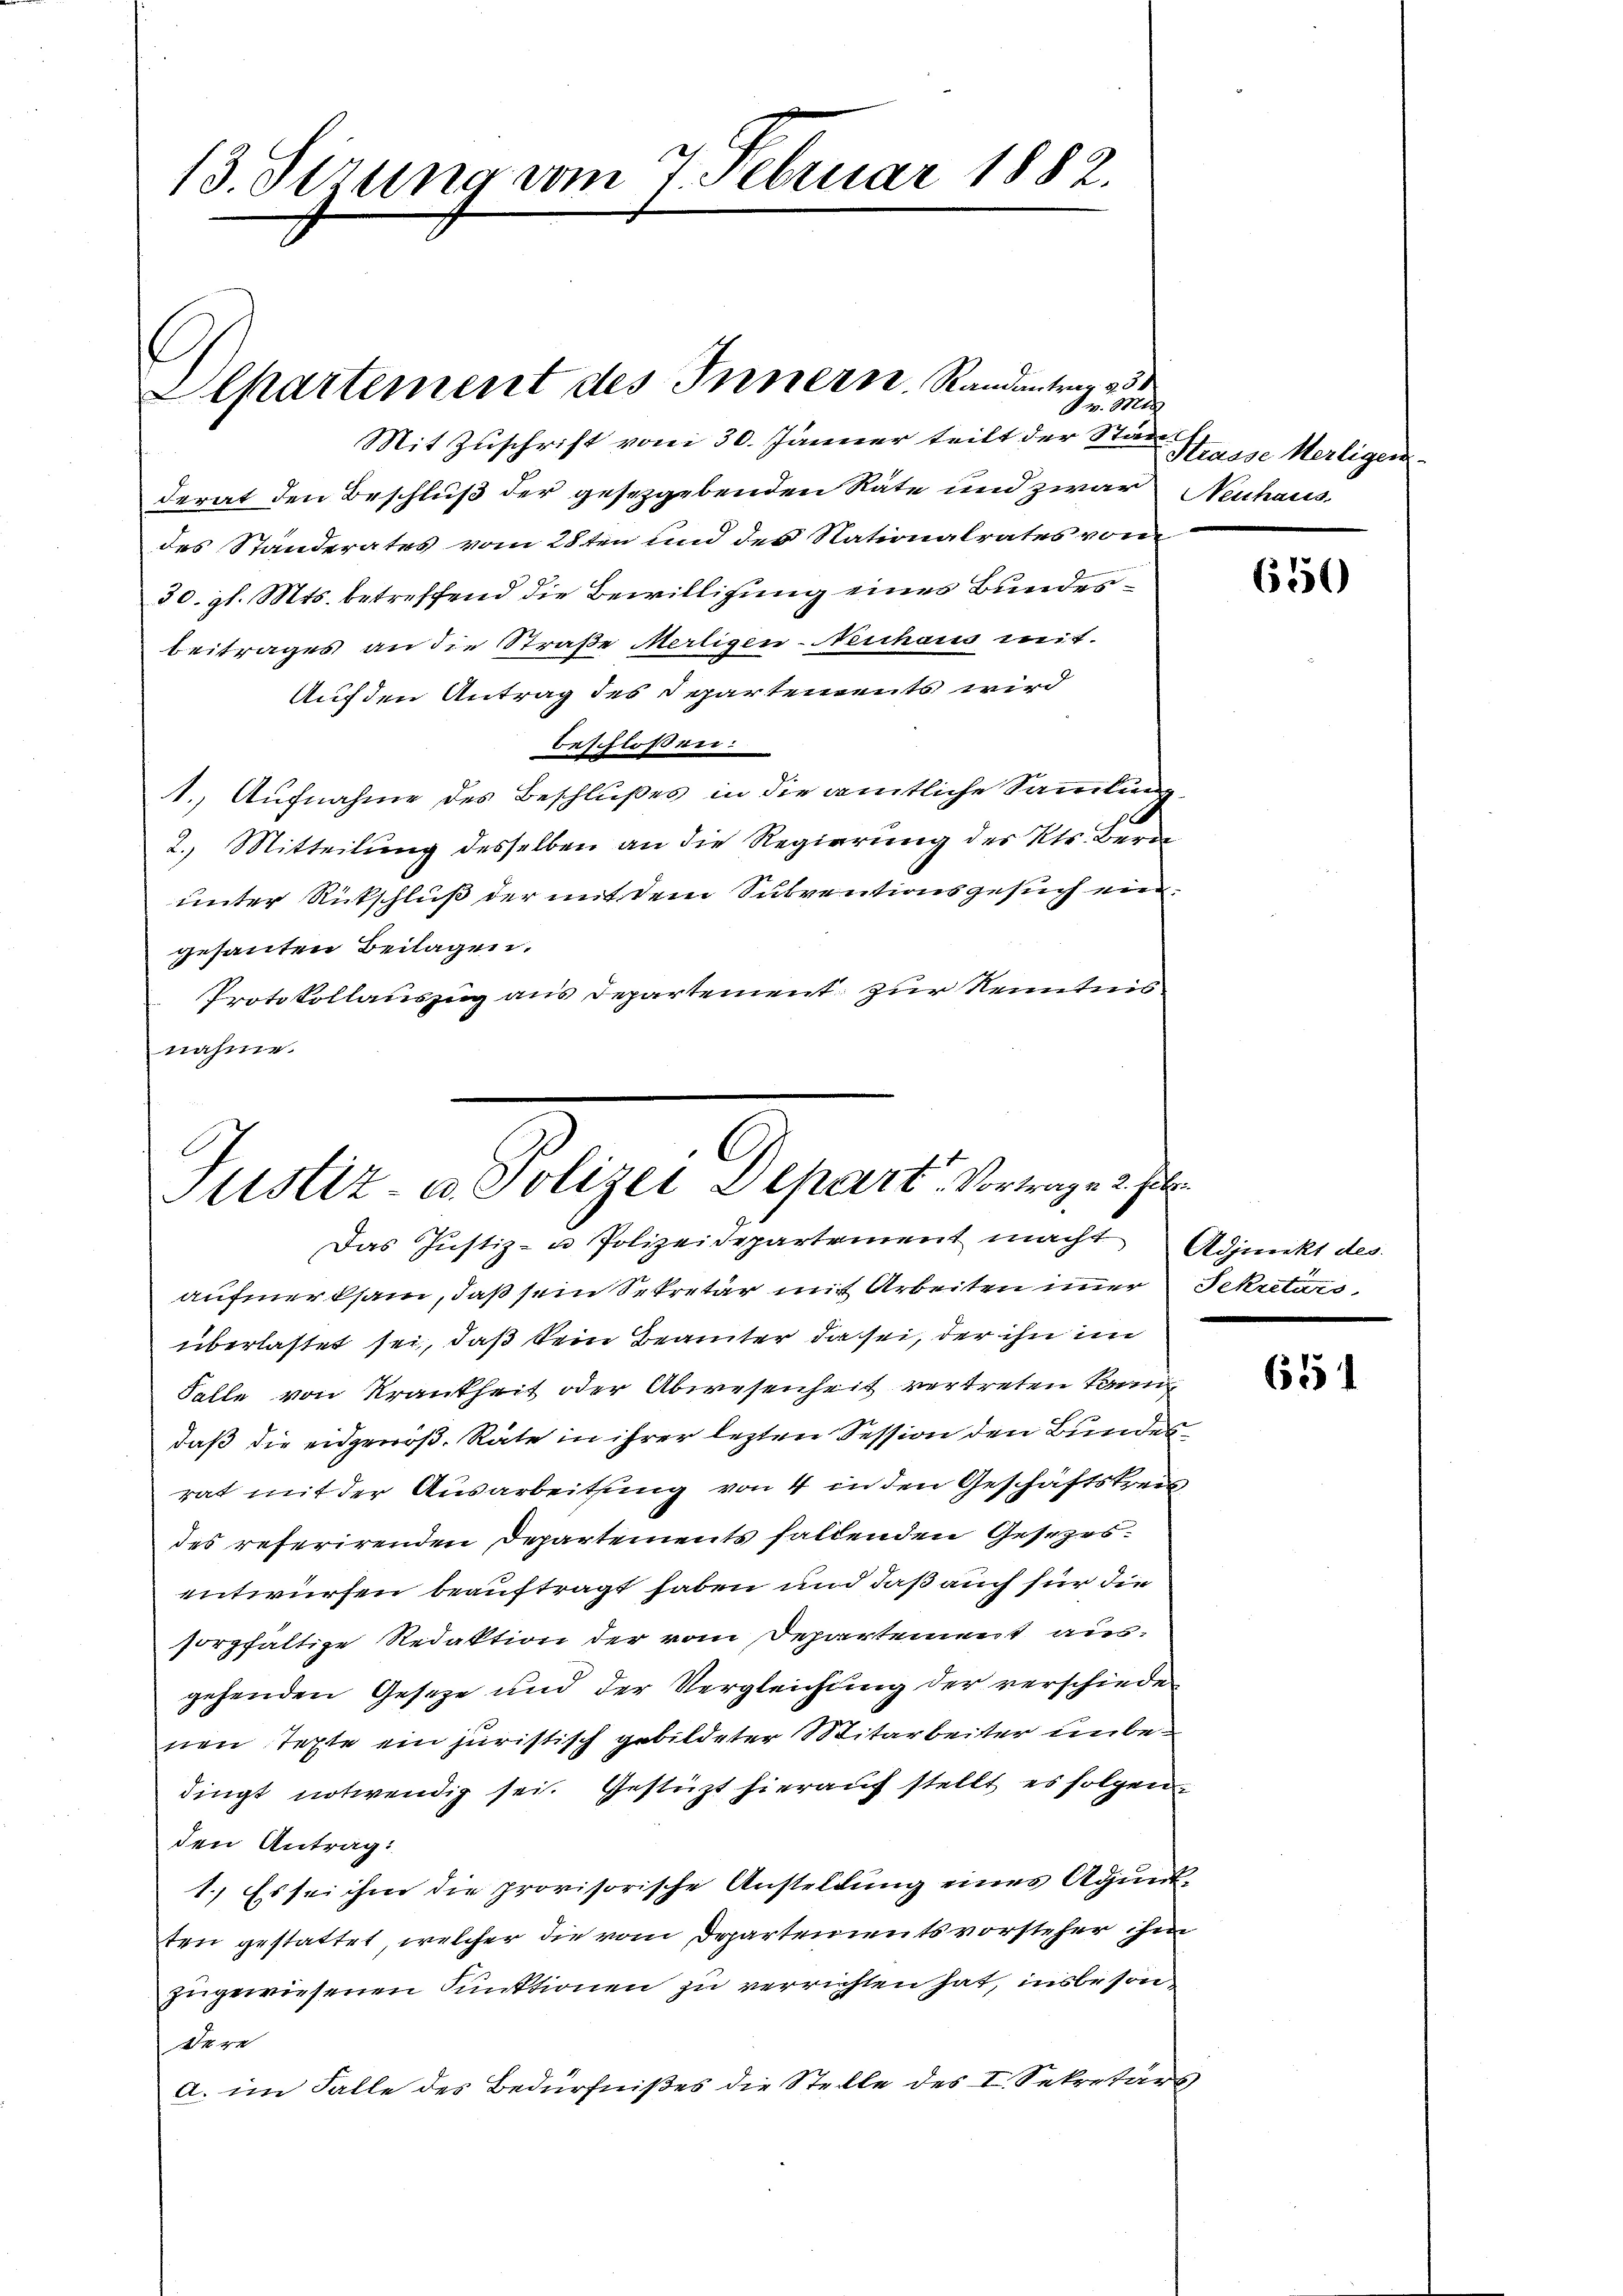
13. Sizung vom 7. Februar 1882.

epartement des Innern, Randantrag 23
v. Mts

Mit Zuschrift vom 30. Januar teilt der Stern Heise Herligen
derat den Beschluß der gesetzgebenden Räte und zwar Neuhaus
des Standerates vom 28ten und des Nationalrates vom
30. gl. Mts. betreffend die Bewilligung eines Bundesbeitrages an die Straße Merligen-Neuhaus mit
Auf den Antrag des Departements wird
beschloßen:
1. Aufnahme des Beschlußes in die amtliche Sammlung.
2. Mitteilung desselben an die Regierung des Kts. Bern
unter Rückschluß der mit dem Subventionsgesuch eingesanten Beilagen.
Protokollauszug aus Departement zur Kenntnis
nahme.

Justiz u. Polizei Depart. Vortrage 2. Jul
Das Justiz- u Polizeidepartement macht Adjunkt des

aufmerksam, daß sein Sekretär mit Arbeiten immer Sekretärs,
überlastet sei, daß kein Beamter, da sei, der ihn i
Falle von Krankheit oder Abwesenheit vertreten kann,
daß die eidgenöß. Räte in ihrer lezten Session den Bundesrat mit der Ausarbeitsung von 4 in den Geschäftskreis
des referirenden Departements fallenden Gesezesentwürfen beauftragt haben und daß auch für die
sorgfältige Redaktion der vom Departement ausgehenden Geseze und der Vergleichung der verschiede
nen Texte ein juristisch gebildeter Mitarbeiter unbedingt notwendig sei. Gestüzt hierauf stellt es folgen
den Antrag:
1.) Es sei ihm die provisorische Anstellung eines Aguntten gestattet, welcher die vom Departementsvorsteher ihm
zugewiesenen Punktionen zu verrichten hat, insbesondere
a. im Falle des Bedürfnißes die Stelle des I. Sekretärs

650

651